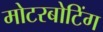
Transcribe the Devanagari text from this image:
मोटरबोटिंग